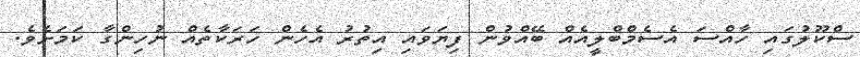
ސްކޫލުގައި ހާއްސަ އެސެމްބްލީއެއް ބޭއްވުން ފިޔަވައި އިތުރު އެހެން ހަރަކާތެއް ނުހިންގާ ކަމަށެވެ.